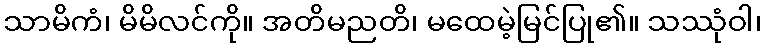
သာမိကံ၊ မိမိလင်ကို။ အတိမညတိ၊ မထေမဲ့မြင်ပြု၏။ သဿုံဝါ၊